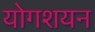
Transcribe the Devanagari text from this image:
योगशयन